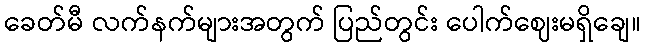
ခေတ်မီ လက်နက်များအတွက် ပြည်တွင်း ပေါက်ဈေးမရှိချေ။